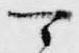
可